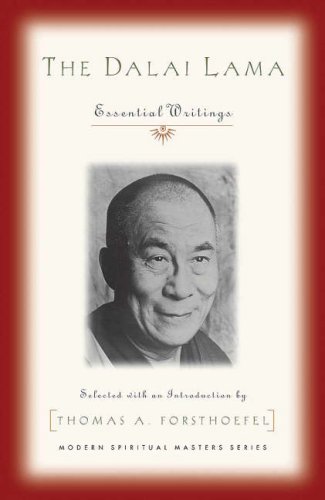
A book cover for The Dalai Lama: Essential Writings (Modern Spiritual Masters); Thomas A. Forsthoefel; Religion & Spirituality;